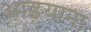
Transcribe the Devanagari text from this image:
आइयाना